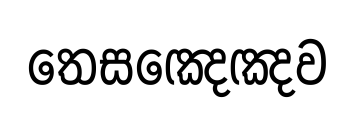
තෙසඤෙඤව